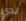
لدي